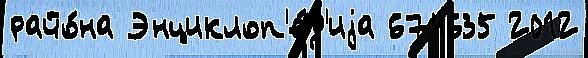
райо́на Энциклоп'е́д'иjа 674635 2012